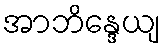
အာဘိန္ဒေယျ